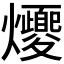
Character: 𪺈